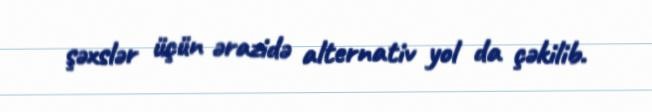
şəxslər üçün ərazidə alternativ yol da çəkilib.